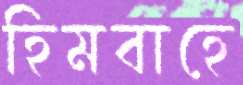
হিমবাহে